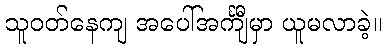
သူဝတ်နေကျ အပေါ်အင်္ကျီမှာ ယူမလာခဲ့။